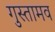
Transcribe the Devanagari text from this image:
गुस्तामव